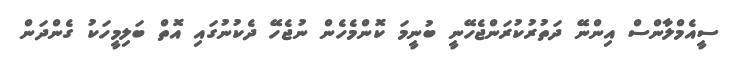
ސީއެމްލާންސް އިންނޭ ދަތުރުކުރަންޖެހޭނީ ބުނީމަ ކޮންމެހެން ނުޖެހޭ ދެކުނުގައި އޮތް ބަލިމީހަކު ގެންދަން